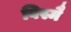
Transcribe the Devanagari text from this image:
बिस्मै